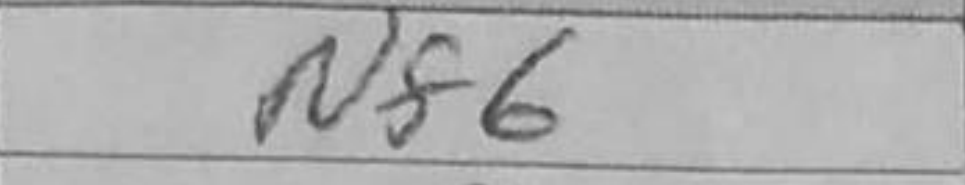
Transcription: Nf6